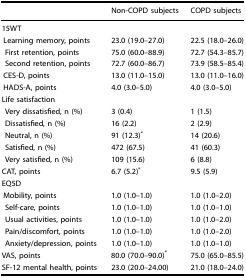
<table><thead><tr><td></td><td><b>Non-COPD subjects</b></td><td><b>COPD subjects</b></td></tr></thead><tbody><tr><td>15WT</td><td></td><td></td></tr><tr><td> Learning memory, points</td><td>23.0 (19.0–27.0)</td><td>22.5 (18.0–26.0)</td></tr><tr><td>First retention, points</td><td>75.0 (60.0–88.9)</td><td>72.7 (54.3–85.7)</td></tr><tr><td>Second retention, points</td><td>72.7 (60.0–86.7)</td><td>73.9 (58.5–85.4)</td></tr><tr><td> CES-D, points</td><td>13.0 (11.0–15.0)</td><td>13.0 (11.0–16.0)</td></tr><tr><td> HADS-A, points</td><td>4.0 (3.0–5.0)</td><td>4.0 (3.0–5.0)</td></tr><tr><td colspan="3">Life satisfaction</td></tr><tr><td>Very dissatisfied, n (%)</td><td>3 (0.4)</td><td>1 (1.5)</td></tr><tr><td>Dissatisfied, n (%)</td><td>16 (2.2)</td><td>2 (2.9)</td></tr><tr><td>Neutral, n (%)</td><td>91 (12.3)<sup>*</sup></td><td>14 (20.6)</td></tr><tr><td>Satisfied, n (%)</td><td>472 (67.5)</td><td>41 (60.3)</td></tr><tr><td>Very satisfied, n (%)</td><td>109 (15.6)</td><td>6 (8.8)</td></tr><tr><td>CAT, points</td><td>6.7 (5.2)<sup>*</sup></td><td>9.5 (5.9)</td></tr><tr><td>EQ5D</td><td></td><td></td></tr><tr><td> Mobility, points</td><td>1.0 (1.0–1.0)</td><td>1.0 (1.0–2.0)</td></tr><tr><td>Self-care, points</td><td>1.0 (1.0–1.0)</td><td>1.0 (1.0–1.0)</td></tr><tr><td>Usual activities, points</td><td>1.0 (1.0–1.0)</td><td>1.0 (1.0–2.0)</td></tr><tr><td>Pain/discomfort, points</td><td>1.0 (1.0–1.0)</td><td>1.0 (1.0–2.0)</td></tr><tr><td>Anxiety/depression, points</td><td>1.0 (1.0–1.0)</td><td>1.0 (1.0–1.0)</td></tr><tr><td>VAS, points</td><td>80.0 (70.0–90.0)<sup>*</sup></td><td>75.0 (65.0–85.5)</td></tr><tr><td>SF-12 mental health, points</td><td>23.0 (20.0–24.00)</td><td>21.0 (18.0–24.0)</td></tr></tbody></table>